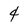
Character: 4